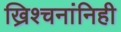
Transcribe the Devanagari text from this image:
ख्रिश्चनांनिही